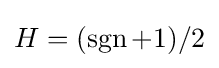
H=(\operatorname {sgn} +1)/2